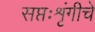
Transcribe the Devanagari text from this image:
सप्तःशृंगीचे